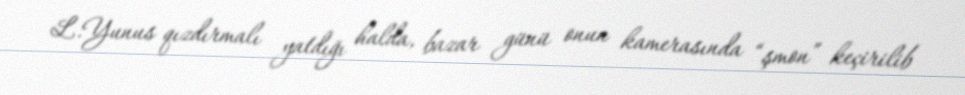
L.Yunus qızdırmalı yatdığı halda, bazar günü onun kamerasında “şmon” keçirilib